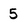
Character: 5